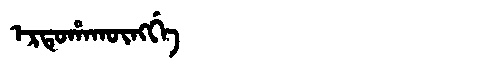
Manchu: ᡝᡵᡨᡠᡥᠠᡴᡡᠩᡤᡝ
Romanization: ERTUHAKŪNGGE